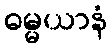
ဓမ္မယာနံ